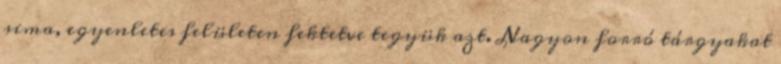
sima, egyenletes felületen fektetve tegyük azt. Nagyon forró tárgyakat